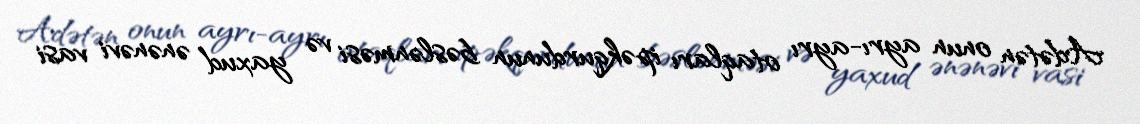
Adətən onun ayrı-ayrı otaqları ipəkqurdunun bəslənməsi və yaxud ənənəvi vasi